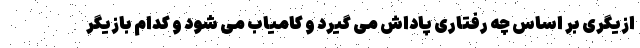
ازیگری بر اساس چه رفتاری پاداش می گیرد و کامیاب می شود و کدام بازیگر